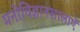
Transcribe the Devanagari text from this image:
मनोविज्ञानशालाएँ